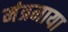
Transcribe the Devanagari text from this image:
मंत्रमाया